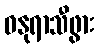
ဓနုရာသီဖွား